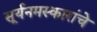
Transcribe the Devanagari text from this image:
सूर्यनमस्कारांचे